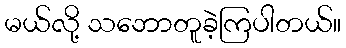
မယ်လို့ သဘောတူခဲ့ကြပါတယ်။